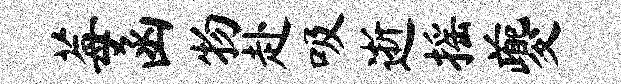
莓函物赴吸逝摇夔